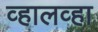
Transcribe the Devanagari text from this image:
व्हालव्हा